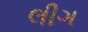
લીગ